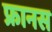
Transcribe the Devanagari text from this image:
फ्रानस